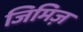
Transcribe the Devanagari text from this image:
जिमिज़